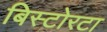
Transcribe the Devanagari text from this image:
बिस्टोरटा